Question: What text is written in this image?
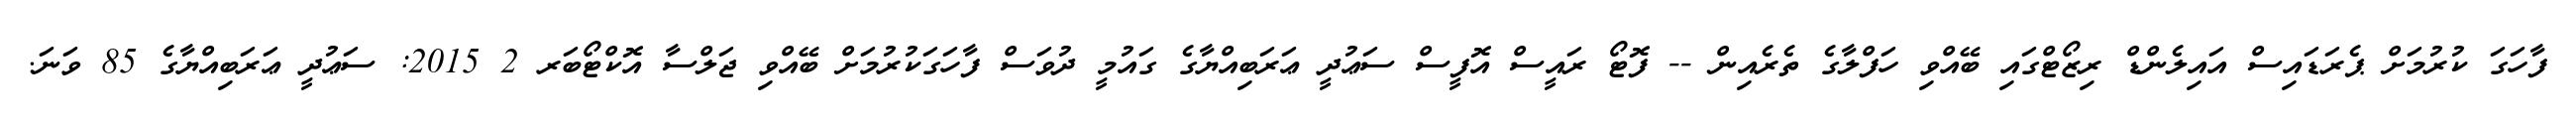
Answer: ފާހަގަ ކުރުމަށް ޕެރަޑައިސް އައިލެންޑް ރިޒޯޓްގައި ބޭއްވި ހަފްލާގެ ތެރެއިން -- ފޮޓޯ ރައީސް އޮފީސް ސަޢުދީ ޢަރަބިއްޔާގެ ގައުމީ ދުވަސް ފާހަގަކުރުމަށް ބޭއްވި ޖަލްސާ އޮކްޓޯބަރ 2 2015: ސަޢުދީ ޢަރަބިއްޔާގެ 85 ވަނަ.